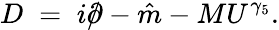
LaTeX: D\; =\; i\rlap{/}{\partial}-\hat{m}-MU^{\gamma_{5}}.